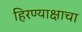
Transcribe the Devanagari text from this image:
हिरण्याक्षाचा